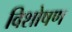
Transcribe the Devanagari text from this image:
विशोषण